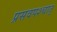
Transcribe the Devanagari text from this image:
प्रसवपश्चात्